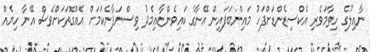
ނާއިލުގެ ހިތާމަވެރި އެކްސިޑެންޑަށްފަހު މައިންބަފައިން އޭނާގެ ކައިވެންޏާއިމެދު ވިސްނަފާނެކަމަށް އެއްގޮތަކަށްވެސް އޭނާ ހިޔެއް